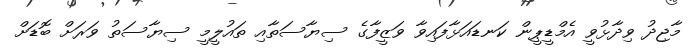
މާޖިދު ވިދާޅުވީ އެމްޑީޕީން ކަނޑައަޅާފައިވާ ވަޒީފާގެ ސިޔާސަތާއި ތައުލީމީ ސިޔާސަތު ވަރަށް ބޮޑަށް